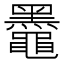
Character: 𫜞